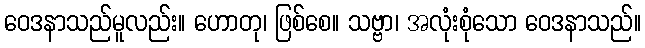
ဝေဒနာသည်မူလည်း။ ဟောတု၊ ဖြစ်စေ။ သဗ္ဗာ၊ အလုံးစုံသော ဝေဒနာသည်။